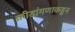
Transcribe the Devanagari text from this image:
क्रीडांगणाकडून